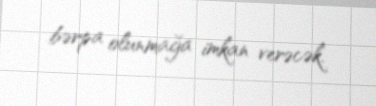
bərpa olunmağa imkan verəcək.